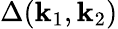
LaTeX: \Delta(\mathbf{k}_{1},\mathbf{k}_{2})